Annual statistical returns and brief notes on vaccination in Bengal - 1909-1929
Year: 1909
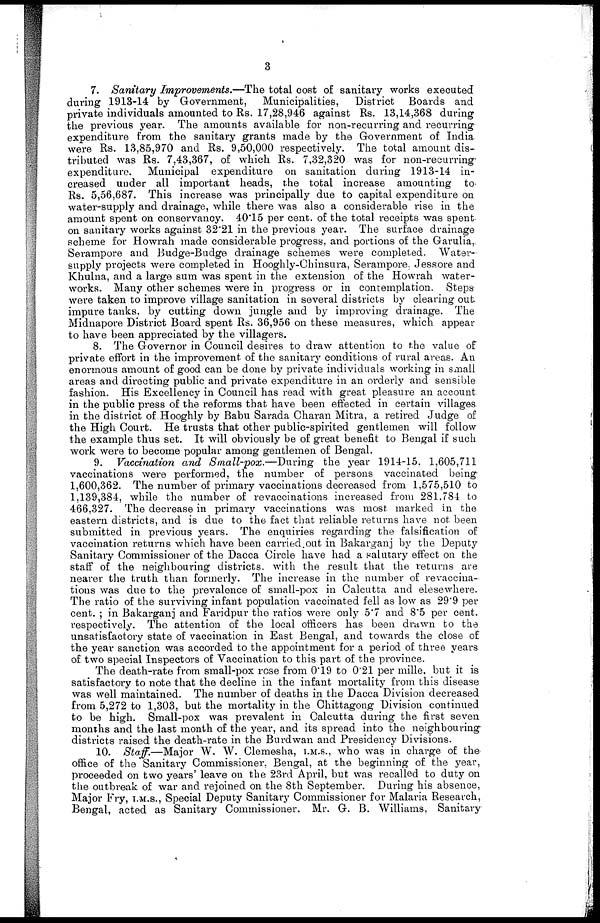
3
7. Sanitary Improvements.—The total cost of sanitary works executed
during 1913-14 by Government, Municipalities, District Boards and
private individuals amounted to Rs. 17,28,946 against Rs. 13,14,368 during
the previous year. The amounts available for non-recurring and recurring
expenditure from the sanitary grants made by the Government of India
were Rs. 13,85,970 and Rs. 9,50,000 respectively. The total amount dis-
tributed was Rs. 7,43,367, of which Rs. 7,32,320 was for non-recurring-
expenditure. Municipal expenditure on sanitation during 1913-14 in-
creased under all important heads, the total increase amounting to
Rs. 5,56,687. This increase was principally due to capital expenditure on
water-supply and drainage, while there was also a considerable rise in the
amount spent on conservancy. 40.15 per cent. of the total receipts was spent
on sanitary works against 32.21 in the previous year. The surface drainage
scheme for Howrah made considerable progress, and portions of the Garulia,
Serampore and Budge-Budge drainage schemes were completed. Water¬
supply projects were completed in Hooghly-Chinsura, Serampore, Jessore and
Khulna, and a large sum was spent in the extension of the Howrah water-
works. Many other schemes were in progress or in contemplation. Steps
were taken to improve village sanitation in several districts by clearing out
impure tanks. by cutting down jungle and by improving drainage. The
Midnapore District Board spent Rs. 36,956 on these measures, which appear
to have been appreciated by the villagers.
8. The Governor in Council desires to draw attention to the value of
private effort in the improvement of the sanitary conditions of rural areas. An
enormous amount of good can be done by private individuals working in small
areas and directing public and private expenditure in an orderly and sensible
fashion. His Excellency in Council has read with great pleasure an account
in the public press of the reforms that have been effected in certain villages
in the district of Hooghly by Babu Sarada Charan Mitra, a retired Judge of
the High Court. He trusts that other public-spirited gentlemen will follow
the example thus set. It will obviously be of great benefit to Bengal if such
work were to become popular among gentlemen of Bengal.
9. Vaccination and Small-pox.—During
the year 1914-15. 1,605,711
vaccinations were performed, the number of persons vaccinated being
1,600,362. The number of primary vaccinations decreased from 1,575,510 to
1,139,384, while the number of revaccinations increased from 281,784 to
466,327. The decrease in primary vaccinations was most marked in the
eastern districts, and is due to the fact that reliable returns have not been
submitted in previous years. The enquiries regarding the falsification of
vaccination returns which have been carried out in Bakarganj by the Deputy
Sanitary Commissioner of the Dacca Circle have had a salutary effect on the
staff of the neighbouring districts. with the result that the returns are
nearer the truth than formerly. The increase in the number of revaccina-
tions was due to the prevalence of small-pox in Calcutta and elesewhere.
The ratio of the surviving infant population vaccinated fell as low as 29.9 per
cent. ; in Bakarganj and Faridpur the ratios were only 5.7 and 8.5 per cent.
respectively. The attention of the local officers has been drawn to the
unsatisfactory state of vaccination in East Bengal, and towards the close of
the year sanction was accorded to the appointment for a period of three years
of two special Inspectors of Vaccination to this part of the province.
The death-rate from small-pox rose from 0.19 to 0.21 per mille, but it is
satisfactory to note that the decline in the infant mortality from this disease
was well maintained. The number of deaths in the Dacca Division decreased
from 5,272 to 1,303, but the mortality in the Chittagong Division continued
to be high. Small-pox was prevalent in Calcutta during the first seven
months and the last month of the year, and its spread into the neighbouring
districts raised the death-rate in the Burdwan and Presidency Divisions.
10. Staff.—Major W. W. Clemesha, I.M.S., who was in charge of the
office of the Sanitary Commissioner, Bengal, at the beginning of the year,
proceeded on two years' leave on the 23rd April, but was recalled to duty on
the outbreak of war and rejoined on the 8th September. During his absence,
Major Fry, I.M.S., Special Deputy Sanitary Commissioner for Malaria Research,
Bengal, acted as Sanitary Commissioner. Mr. G. B. Williams, Sanitary